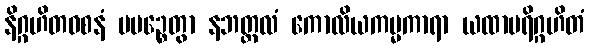
နိဂ္ဂဟိတဝစနံ ပပဉ္စေတွာ နဘတ္တလံ ကောလိယကမ္မကာရာ ယထာပရိဂ္ဂဟိတံ